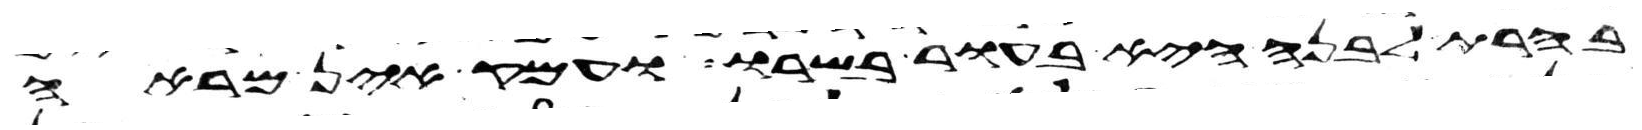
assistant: בהרת לבנה היא בעור בשרו ועמק אין מראה